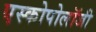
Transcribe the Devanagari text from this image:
एस्कोपोलॉजी